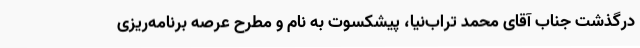
درگذشت جناب آقای محمد تراب‌نیا، پیشکسوت به نام و مطرح عرصه برنامه‌ریزی